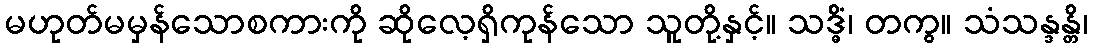
မဟုတ်မမှန်သောစကားကို ဆိုလေ့ရှိကုန်သော သူတို့နှင့်။ သဒ္ဓိံ၊ တကွ။ သံသန္ဒန္တိ၊